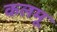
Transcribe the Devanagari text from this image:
कलमू